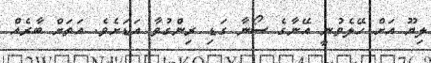
ލިޔޫ އަށް ހޭލެވުނީ އޭނާގެ ސޯނާ ގަޑި ރިންގުވާ އަޑަށެވެ. އަތަށް ބާރެއް